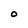
Character: O